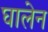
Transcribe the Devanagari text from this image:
घालेन